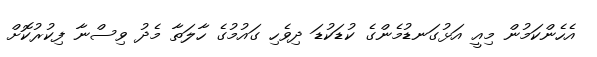
އެހެންކަމުން މިއީ އަޅުގަނޑުމެންގެ ކުޑަކުޑަ ދިވެހި ގައުމުގެ ހާލަތާ މެދު ވިސްނާ ފިކުރުކޮށް